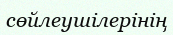
сөйлеушілерінің